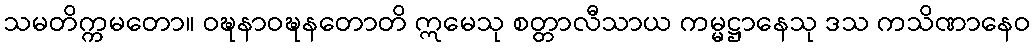
သမတိက္ကမတော။ ဝဍ္ဎနာဝဍ္ဎနတောတိ ဣမေသု စတ္တာလီသာယ ကမ္မဋ္ဌာနေသု ဒသ ကသိဏာနေဝ